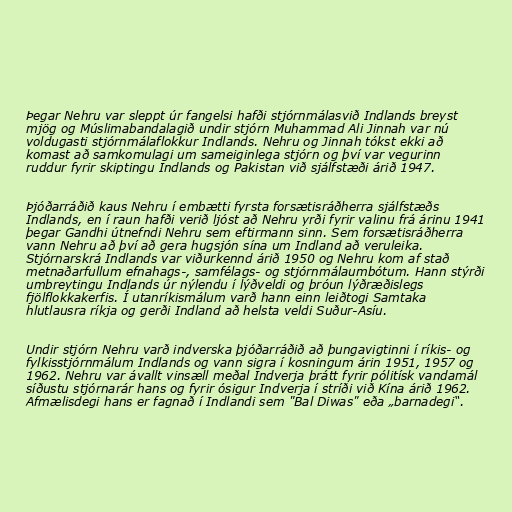
Þegar Nehru var sleppt úr fangelsi hafði stjórnmálasvið Indlands breyst
mjög og Múslimabandalagið undir stjórn Muhammad Ali Jinnah var nú
voldugasti stjórnmálaflokkur Indlands. Nehru og Jinnah tókst ekki að
komast að samkomulagi um sameiginlega stjórn og því var vegurinn
ruddur fyrir skiptingu Indlands og Pakistan við sjálfstæði árið 1947.

Þjóðarráðið kaus Nehru í embætti fyrsta forsætisráðherra sjálfstæðs
Indlands, en í raun hafði verið ljóst að Nehru yrði fyrir valinu frá árinu 1941
þegar Gandhi útnefndi Nehru sem eftirmann sinn. Sem forsætisráðherra
vann Nehru að því að gera hugsjón sína um Indland að veruleika.
Stjórnarskrá Indlands var viðurkennd árið 1950 og Nehru kom af stað
metnaðarfullum efnahags-, samfélags- og stjórnmálaumbótum. Hann stýrði
umbreytingu Indlands úr nýlendu í lýðveldi og þróun lýðræðislegs
fjölflokkakerfis. Í utanríkismálum varð hann einn leiðtogi Samtaka
hlutlausra ríkja og gerði Indland að helsta veldi Suður-Asíu.

Undir stjórn Nehru varð indverska þjóðarráðið að þungavigtinni í ríkis- og
fylkisstjórnmálum Indlands og vann sigra í kosningum árin 1951, 1957 og
1962. Nehru var ávallt vinsæll meðal Indverja þrátt fyrir pólitísk vandamál
síðustu stjórnarár hans og fyrir ósigur Indverja í stríði við Kína árið 1962.
Afmælisdegi hans er fagnað í Indlandi sem "Bal Diwas" eða „barnadegi“.